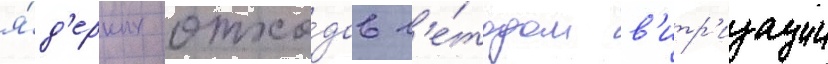
я́д'ерных отхо́дов м'е́тодом в'итр'изации